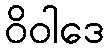
ဝိဝါဒေ